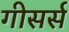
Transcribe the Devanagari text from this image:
गीसर्स